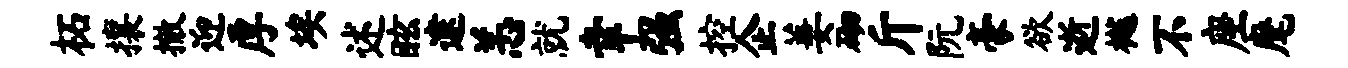
柘攘撤迎厚埃述眩逮恙就幸强控企萋砌斤阮豪欲逝樾不座麾